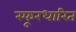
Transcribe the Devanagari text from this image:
स्फूरधारित